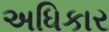
અધિકાર